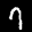
Label: 7